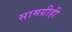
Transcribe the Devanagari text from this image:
सामग्रीही